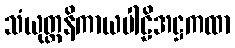
သံယုတ္တနိကာယပါဠိအဋ္ဌကထာ